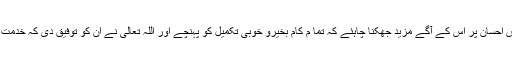
اس کے اس احسان پر اس کے آگے مزید جھکنا چاہئے کہ تما م کام بخیرو خوبی تکمیل کو پہنچے اور اللہ تعالیٰ نے ان کو توفیق دی کہ خدمت کر سکیں۔